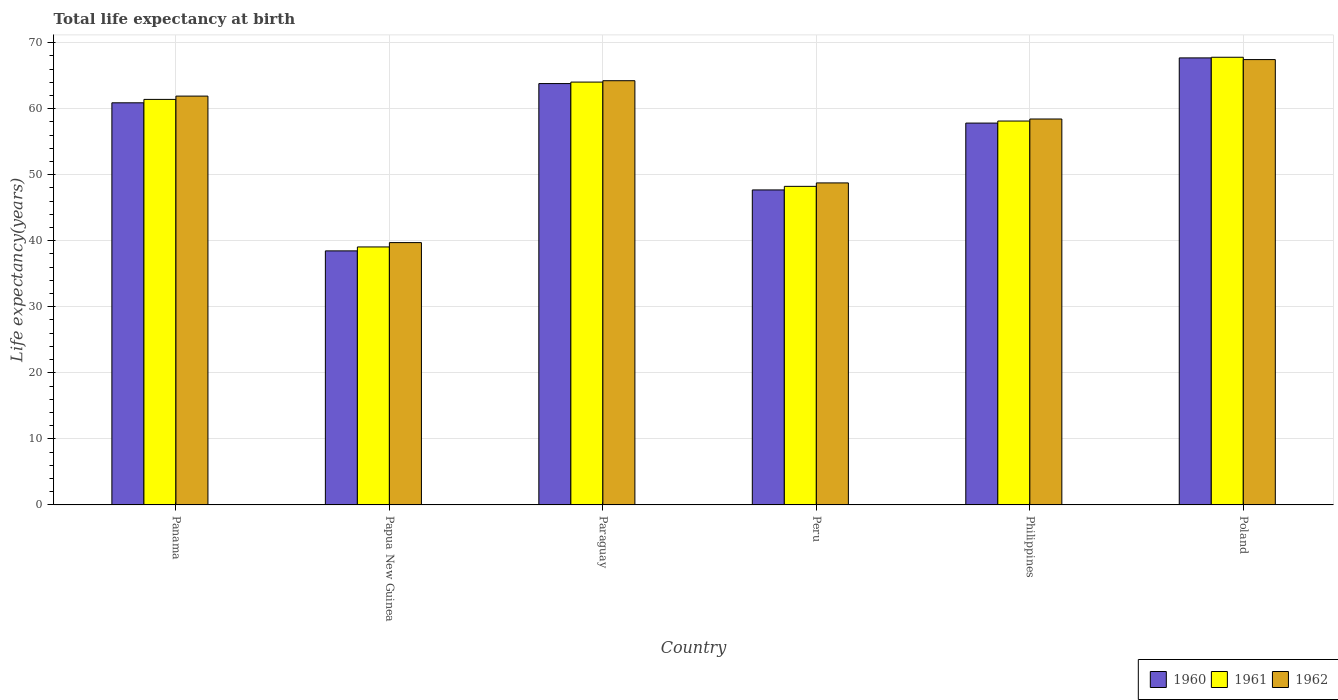
| Country | 1960 | 1961 | 1962 |
 | --- | --- | --- | --- |
 | Panama | 60.9 | 61.4 | 61.9 |
 | Papua New Guinea | 38.5 | 39.1 | 39.7 |
 | Paraguay | 63.8 | 64 | 64.2 |
 | Peru | 47.7 | 48.2 | 48.8 |
 | Philippines | 57.8 | 58.1 | 58.4 |
 | Poland | 67.7 | 67.8 | 67.4 |